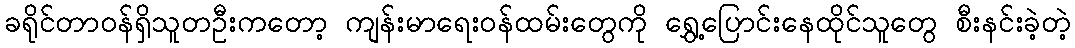
ခရိုင်တာဝန်ရှိသူတဦးကတော့ ကျန်းမာရေးဝန်ထမ်းတွေကို ရွှေ့ပြောင်းနေထိုင်သူတွေ စီးနင်းခဲ့တဲ့